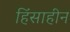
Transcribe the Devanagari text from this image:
हिंसाहीन